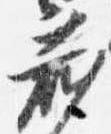
蔵